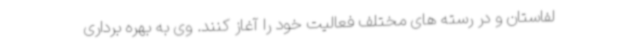
لفاستان و در رسته های مختلف فعالیت خود را آغاز کنند. وی به بهره برداری